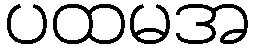
ပထမအ